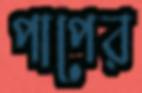
পাপের